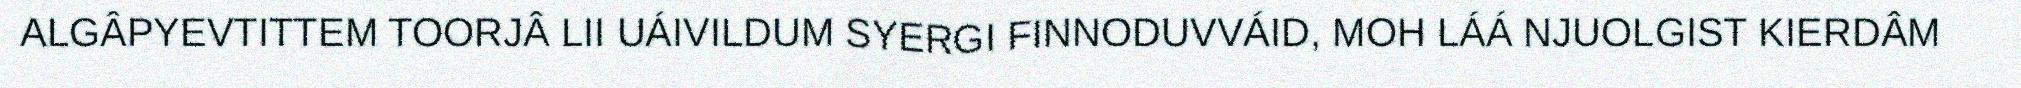
ALGÂPYEVTITTEM TOORJÂ LII UÁIVILDUM SYERGI FINNODUVVÁID, MOH LÁÁ NJUOLGIST KIERDÂM